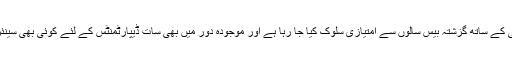
مقررین نے کہا کہ کے ایم سی کے ساتھ گزشتہ بیس سالوں سے امتیازی سلوک کیا جا رہا ہے اور موجودہ دور میں بھی سات ڈیپارٹمنٹس کے لئے کوئی بھی سینئر ٹیکنالوجسٹ کی پوسٹ نہیں۔